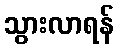
သွားလာရန်